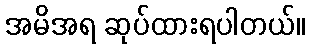
အမိအရ ဆုပ်ထားရပါတယ်။